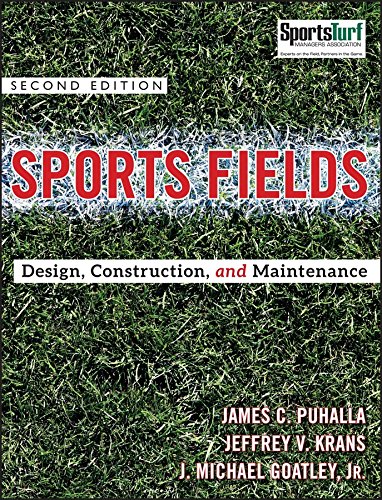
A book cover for Sports Fields: Design, Construction, and Maintenance; Jim Puhalla; Crafts, Hobbies & Home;